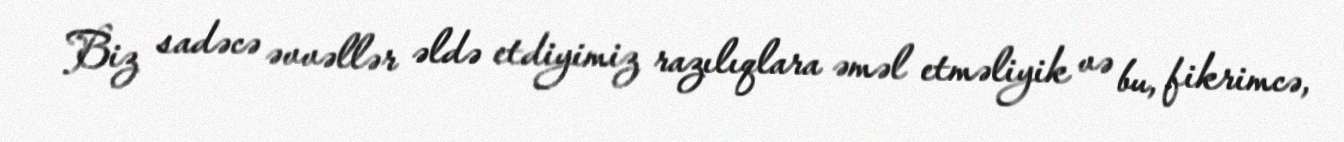
Biz sadəcə əvvəllər əldə etdiyimiz razılıqlara əməl etməliyik və bu, fikrimcə,